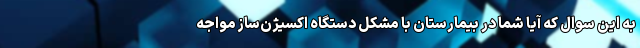
به این سوال که آیا شما در بیمارستان با مشکل دستگاه اکسیژن‌ساز مواجه